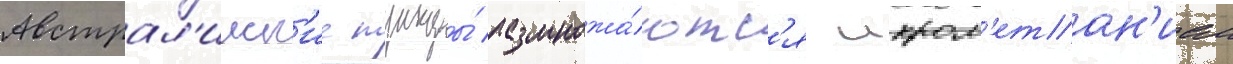
Австрал'ииск'ие тунцы́ размножа́ютс'я икром'етан'ием